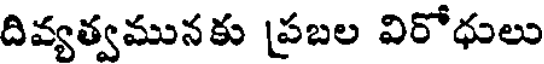
దివ్యత్వమునకు ప్రబల విరోధులు